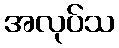
အလုပ်သ